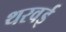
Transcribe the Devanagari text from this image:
थरवई